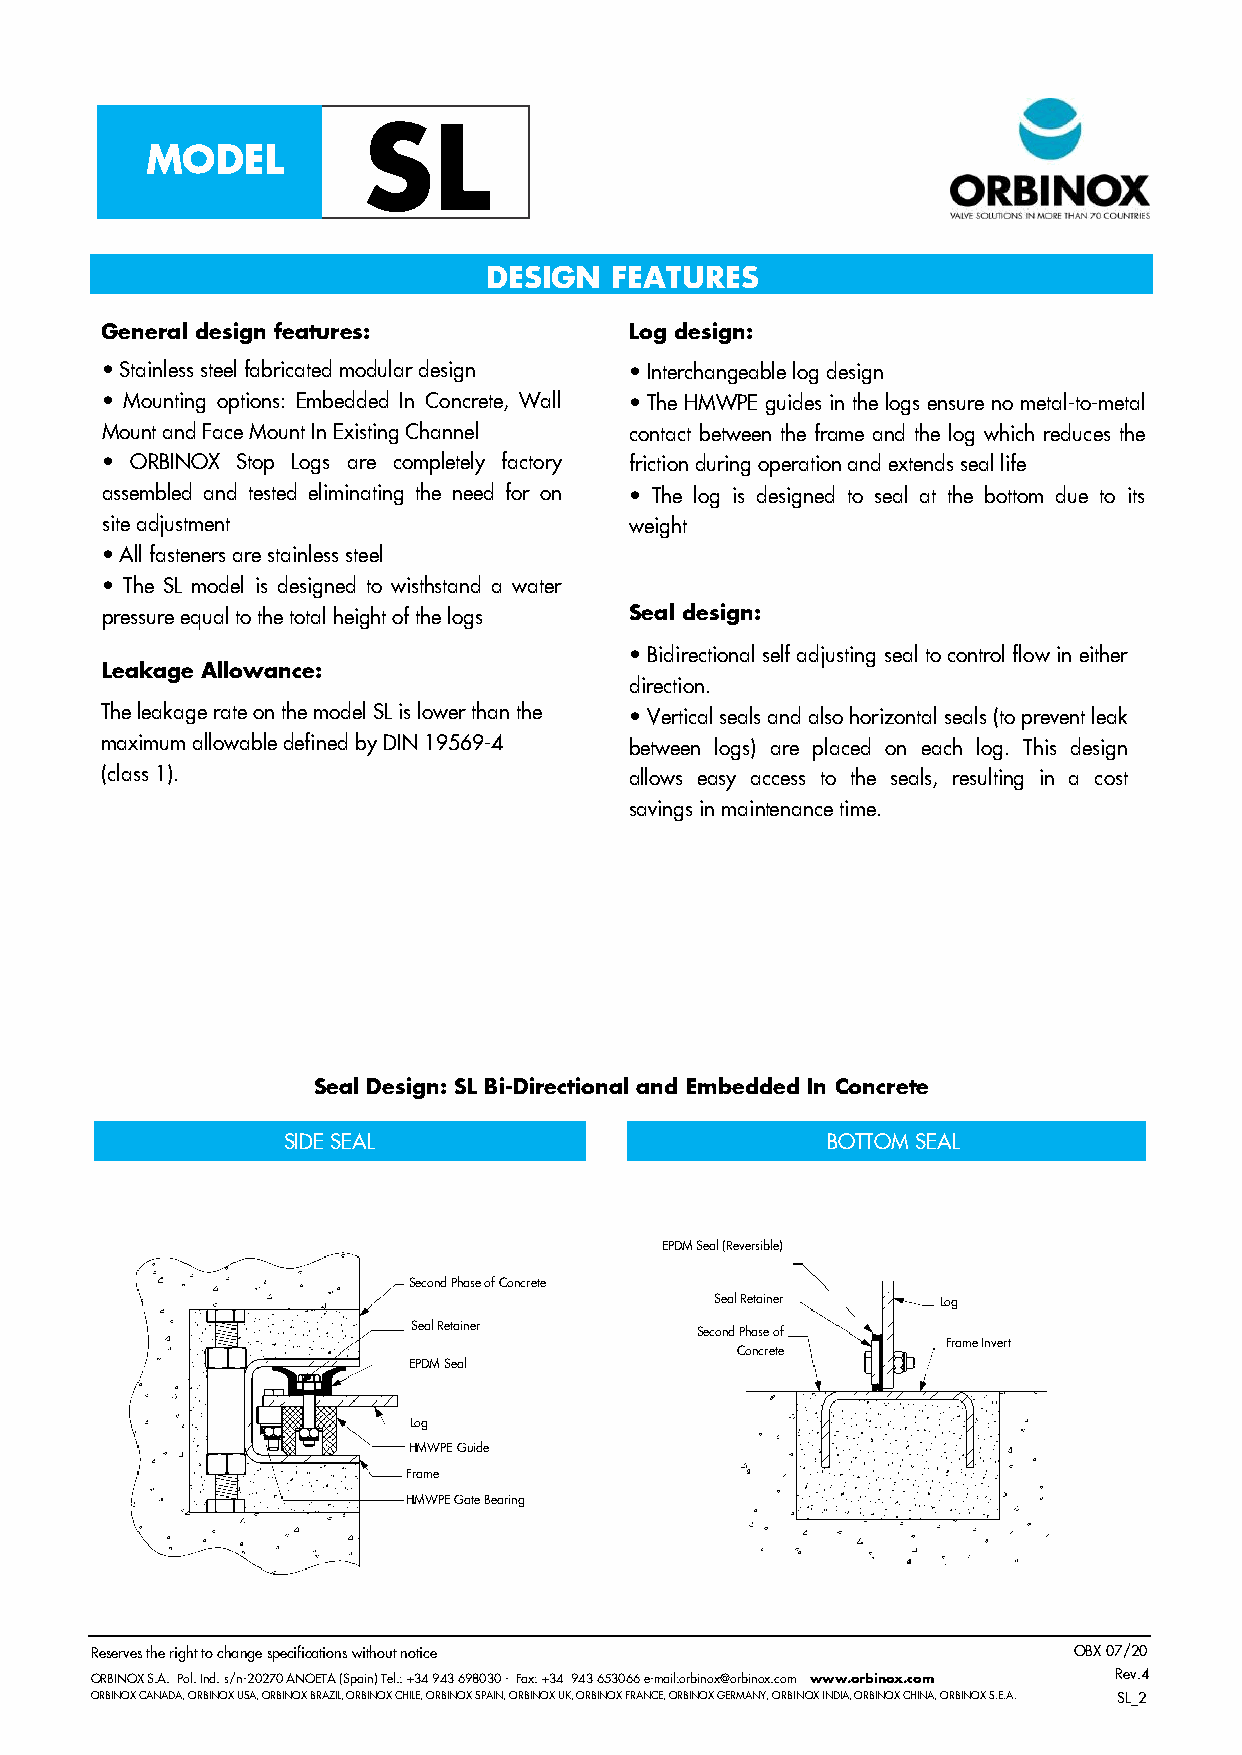
SL
 MODEL
 DESIGN   FEATURES
 General design features:           Log design:
 • Stainless steel fabricated modular design • Interchangeable log design
 • Mounting options: Embedded In Concrete, Wall • The HMWPE guides in the logs ensure no metal-to-metal
 Mount and Face Mount In Existing Channel contact between the frame and the log which reduces the
 • ORBINOX Stop Logs are completely factory friction during operation and extends seal life
 assembled and tested eliminating the need for on • The log is designed to seal at the bottom due to its
 site adjustment                    weight
 • All fasteners are stainless steel
 • The SL model is designed to wisthstand a water
 pressure equal to the total height of the logs Seal design:
 • Bidirectional self adjusting seal to control flow in either
 Leakage Allowance:
 direction.
 The leakage rate on the model SL is lower than the • Vertical seals and also horizontal seals (to prevent leak
 maximum allowable defined by DIN 19569-4 between logs) are placed on each log. This design
 (class 1).                         allows easy access to the seals, resulting in a cost
 savings in maintenance time.
 Seal Design: SL Bi-Directional and Embedded In Concrete
 SIDE SEAL                           BOTTOM SEAL
 EPDM Seal (Reversible)
 Second Phase of Concrete
 Se al Retainer Log
 Se al Retainer     S econd Phase of
 Frame Invert
 Concrete
 EPDM Seal
 Log
 HMWPE Guide
 Frame
 HMWPE Gate Bearing
 Reserves the right to change specifications without notice       OBX 07/20
 ORBINOX S.A. Pol. Ind. s/n-20270 ANOETA (Spain) Tel.: +34 943 698030 - Fax: +34 943 653066 e-mail:orbinox@orbinox.com www.orbinox.com R e v . 4
 ORBINOX CANADA, ORBINOX USA, ORBINOX BRAZIL, ORBINOX CHILE, ORBINOX SPAIN, ORBINOX UK, ORBINOX FRANCE, ORBINOX GERMANY, ORBINOX INDIA, ORBINOX CHINA, ORBINOX S.E.A. SL_2